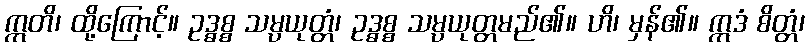
ဣတိ၊ ထို့ကြောင့်။ ဥဒ္ဓစ္စ သမ္ပယုတ္တံ၊ ဥဒ္ဓစ္စ သမ္ပယုတ္တမည်၏။ ဟိ၊ မှန်၏။ ဣဒံ စိတ္တံ၊